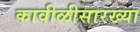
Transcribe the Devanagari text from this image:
कावीळीसारख्या